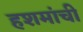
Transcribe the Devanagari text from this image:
हशमांची